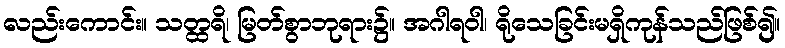
လည်းကောင်း။ သတ္ထရိ၊ မြတ်စွာဘုရား၌။ အဂါရဝါ၊ ရိုသေခြင်းမရှိကုန်သည်ဖြစ်၍။